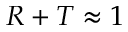
R + T \approx 1